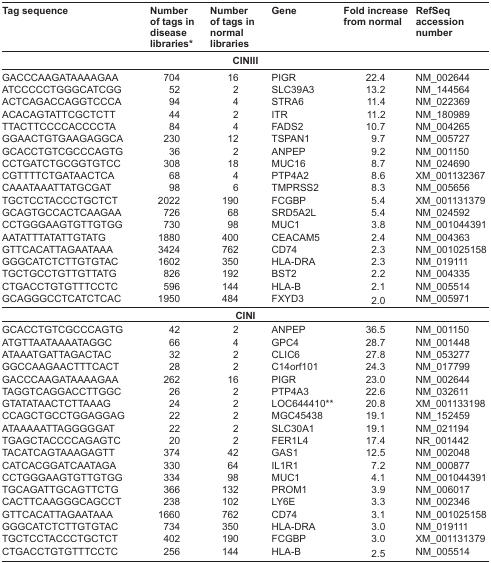
<table><thead><tr><td><b>Tag sequence</b></td><td><b>Number of tags in disease libraries*</b></td><td><b>Number of tags in normal libraries</b></td><td><b>Gene</b></td><td><b>Fold increase from normal</b></td><td><b>RefSeq accession number</b></td></tr></thead><tbody><tr><td colspan="6"><b>CINIII</b></td></tr><tr><td>GACCCAAGATAAAAGAA</td><td>704</td><td>16</td><td>PIGR</td><td>22.4</td><td>NM_002644</td></tr><tr><td>ATCCCCCTGGGCATCGG</td><td>52</td><td>2</td><td>SLC39A3</td><td>13.2</td><td>NM_144564</td></tr><tr><td>ACTCAGACCAGGTCCCA</td><td>94</td><td>4</td><td>STRA6</td><td>11.4</td><td>NM_022369</td></tr><tr><td>ACACAGTATTCGCTCTT</td><td>44</td><td>2</td><td>ITR</td><td>11.2</td><td>NM_180989</td></tr><tr><td>TTACTTCCCCACCCCTA</td><td>84</td><td>4</td><td>FADS2</td><td>10.7</td><td>NM_004265</td></tr><tr><td>GGAACTGTGAAGAGGCA</td><td>230</td><td>12</td><td>TSPAN1</td><td>9.7</td><td>NM_005727</td></tr><tr><td>GCACCTGTCGCCCAGTG</td><td>36</td><td>2</td><td>ANPEP</td><td>9.2</td><td>NM_001150</td></tr><tr><td>CCTGATCTGCGGTGTCC</td><td>308</td><td>18</td><td>MUC16</td><td>8.7</td><td>NM_024690</td></tr><tr><td>CGTTTTCTGATAACTCA</td><td>68</td><td>4</td><td>PTP4A2</td><td>8.6</td><td>XM_001132367</td></tr><tr><td>CAAATAAATTATGCGAT</td><td>98</td><td>6</td><td>TMPRSS2</td><td>8.3</td><td>NM_005656</td></tr><tr><td>TGCTCCTACCCTGCTCT</td><td>2022</td><td>190</td><td>FCGBP</td><td>5.4</td><td>XM_001131379</td></tr><tr><td>GCAGTGCCACTCAAGAA</td><td>726</td><td>68</td><td>SRD5A2L</td><td>5.4</td><td>NM_024592</td></tr><tr><td>CCTGGGAAGTGTTGTGG</td><td>730</td><td>98</td><td>MUC1</td><td>3.8</td><td>NM_001044391</td></tr><tr><td>AATATTTATATTGTATG</td><td>1880</td><td>400</td><td>CEACAM5</td><td>2.4</td><td>NM_004363</td></tr><tr><td>GTTCACATTAGAATAAA</td><td>3424</td><td>762</td><td>CD74</td><td>2.3</td><td>NM_001025158</td></tr><tr><td>GGGCATCTCTTGTGTAC</td><td>1602</td><td>350</td><td>HLA-DRA</td><td>2.3</td><td>NM_019111</td></tr><tr><td>TGCTGCCTGTTGTTATG</td><td>826</td><td>192</td><td>BST2</td><td>2.2</td><td>NM_004335</td></tr><tr><td>CTGACCTGTGTTTCCTC</td><td>596</td><td>144</td><td>HLA-B</td><td>2.1</td><td>NM_005514</td></tr><tr><td>GCAGGGCCTCATCTCAC</td><td>1950</td><td>484</td><td>FXYD3</td><td>2.0</td><td>NM_005971</td></tr><tr><td colspan="6"><b>CINI</b></td></tr><tr><td>GCACCTGTCGCCCAGTG</td><td>42</td><td>2</td><td>ANPEP</td><td>36.5</td><td>NM_001150</td></tr><tr><td>ATGTTAATAAAATAGGC</td><td>66</td><td>4</td><td>GPC4</td><td>28.7</td><td>NM_001448</td></tr><tr><td>ATAAATGATTAGACTAC</td><td>32</td><td>2</td><td>CLIC6</td><td>27.8</td><td>NM_053277</td></tr><tr><td>GGCCAAGAACTTTCACT</td><td>28</td><td>2</td><td>C14orf101</td><td>24.3</td><td>NM_017799</td></tr><tr><td>GACCCAAGATAAAAGAA</td><td>262</td><td>16</td><td>PIGR</td><td>23.0</td><td>NM_002644</td></tr><tr><td>TAGGTCAGGACCTTGGC</td><td>26</td><td>2</td><td>PTP4A3</td><td>22.6</td><td>NM_032611</td></tr><tr><td>GTATATAACTCTTAAAG</td><td>24</td><td>2</td><td>LOC644410**</td><td>20.8</td><td>XM_001133198</td></tr><tr><td>CCAGCTGCCTGGAGGAG</td><td>22</td><td>2</td><td>MGC45438</td><td>19.1</td><td>NM_152459</td></tr><tr><td>ATAAAAATTAGGGGGAT</td><td>22</td><td>2</td><td>SLC30A1</td><td>19.1</td><td>NM_021194</td></tr><tr><td>TGAGCTACCCCAGAGTC</td><td>20</td><td>2</td><td>FER1L4</td><td>17.4</td><td>NR_001442</td></tr><tr><td>TACATCAGTAAAGAGTT</td><td>374</td><td>42</td><td>GAS1</td><td>12.5</td><td>NM_002048</td></tr><tr><td>CATCACGGATCAATAGA</td><td>330</td><td>64</td><td>IL1R1</td><td>7.2</td><td>NM_000877</td></tr><tr><td>CCTGGGAAGTGTTGTGG</td><td>334</td><td>98</td><td>MUC1</td><td>4.1</td><td>NM_001044391</td></tr><tr><td>TGCAGATTGCAGTTCTG</td><td>366</td><td>132</td><td>PROM1</td><td>3.9</td><td>NM_006017</td></tr><tr><td>CACTTCAAGGGCAGCCT</td><td>238</td><td>102</td><td>LY6E</td><td>3.3</td><td>NM_002346</td></tr><tr><td>GTTCACATTAGAATAAA</td><td>1660</td><td>762</td><td>CD74</td><td>3.1</td><td>NM_001025158</td></tr><tr><td>GGGCATCTCTTGTGTAC</td><td>734</td><td>350</td><td>HLA-DRA</td><td>3.0</td><td>NM_019111</td></tr><tr><td>TGCTCCTACCCTGCTCT</td><td>402</td><td>190</td><td>FCGBP</td><td>3.0</td><td>XM_001131379</td></tr><tr><td>CTGACCTGTGTTTCCTC</td><td>256</td><td>144</td><td>HLA-B</td><td>2.5</td><td>NM_005514</td></tr></tbody></table>